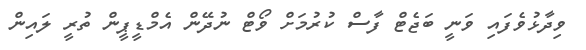
ވިދާޅުވެފައި ވަނީ ބަޖެޓް ފާސް ކުރުމަށް ވޯޓް ނުދޭން އެމްޑީޕީން ތުރީ ލައިން